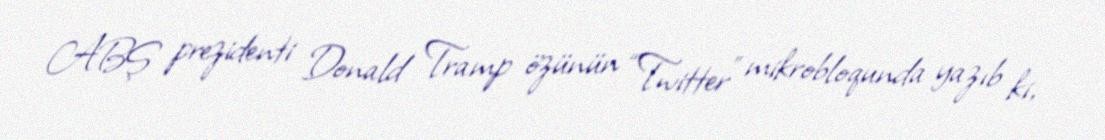
ABŞ prezidenti Donald Tramp özünün “Twitter” mikrobloqunda yazıb ki,